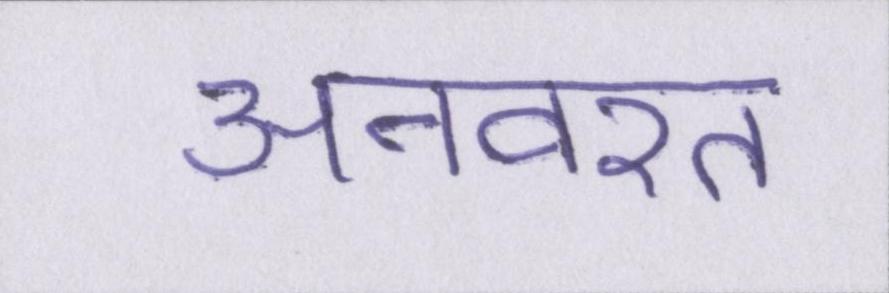
अनवरत